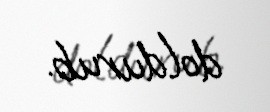
doldurub.